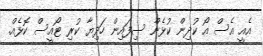
އެއީ އެސް އޯ ކުދިން ކުޅެން ސިފައިން ހަދިޔާ ކުރި ޓޯއީސް ކޮޅެއް.